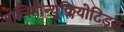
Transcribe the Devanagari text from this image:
ओलिगोन्यूक्लियोटिड्स